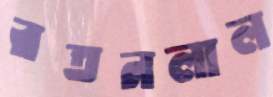
রতনলাল